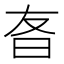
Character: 𬁡